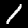
Label: 1